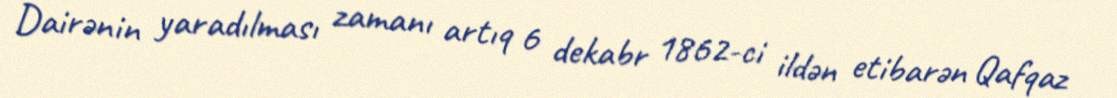
Dairənin yaradılması zamanı artıq 6 dekabr 1862-ci ildən etibarən Qafqaz